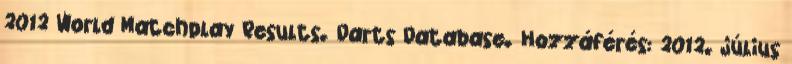
2012 World Matchplay Results. Darts Database. Hozzáférés: 2012. július